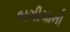
બગીચાની